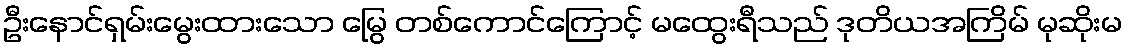
ဦးနောင်ရှမ်းမွေးထားသော မြွေ တစ်ကောင်ကြောင့် မထွေးရီသည် ဒုတိယအကြိမ် မုဆိုးမ